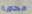
مجاورة